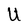
Character: U